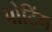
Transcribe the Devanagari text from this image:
पोटिंग